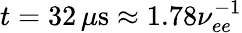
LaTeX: t=32\, \mu\mathrm{s}\approx 1.78\nu_{ee}^{-1}